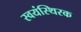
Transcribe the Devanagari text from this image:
स्वयंस्थिरक